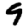
Digit: 9